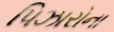
પિઝારોના